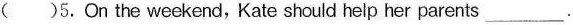
( )5.On the weekend, Kate should help her parents ___.